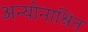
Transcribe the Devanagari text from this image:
अन्योनाश्रित